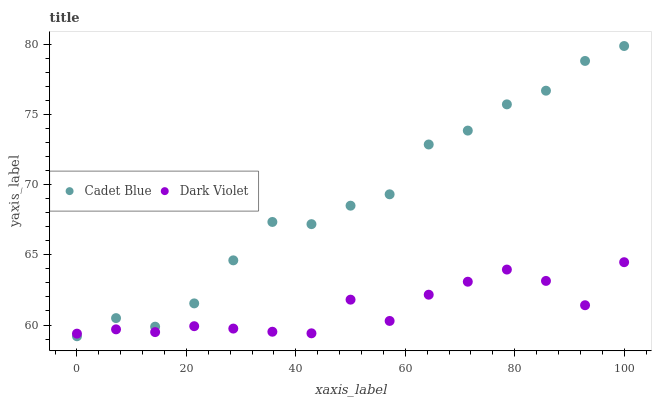
| xaxis_label | Cadet Blue | Dark Violet |
 | --- | --- | --- |
 | 0 | 59.2 | 59.4 |
 | 7.14 | 60.5 | 59.7 |
 | 14.3 | 59.9 | 59.5 |
 | 21.4 | 61.5 | 59.9 |
 | 28.6 | 64.6 | 59.7 |
 | 35.7 | 67.3 | 59.5 |
 | 42.9 | 67.2 | 59.4 |
 | 50 | 68.5 | 61.8 |
 | 57.1 | 69.3 | 60.3 |
 | 64.3 | 72.9 | 62.2 |
 | 71.4 | 73.9 | 63.1 |
 | 78.6 | 75.7 | 64 |
 | 85.7 | 76.7 | 63.1 |
 | 92.9 | 78.8 | 61.4 |
 | 100 | 79.9 | 64.5 |